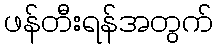
ဖန်တီးရန်အတွက်